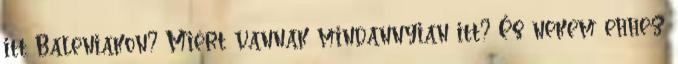
itt Baleniakon? Miért vannak mindannyian itt? És nekem ehhez